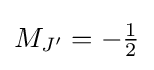
{\textstyle M_{J'}=-{\frac {1}{2}}}